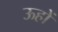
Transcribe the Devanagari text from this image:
ऊहों